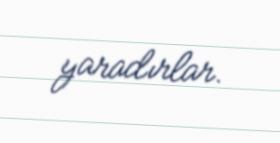
yaradırlar.